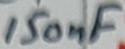
Text: 150nF